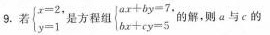
9.若